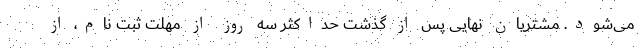
می‌شود. مشتریان نهایی پس از گذشت حداکثر سه روز از مهلت ثبت نام، از